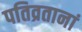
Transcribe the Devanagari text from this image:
पतिव्रतानां